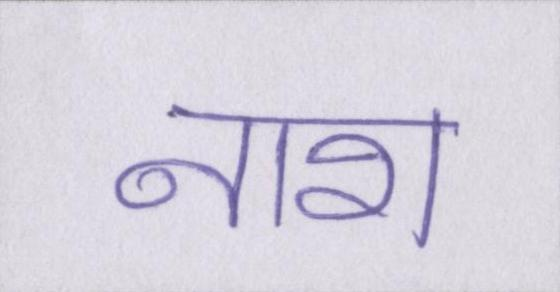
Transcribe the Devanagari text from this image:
नाश